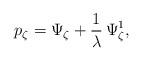
LaTeX: \begin{align*}p_\zeta=\Psi_\zeta+\frac{1}{\lambda}\,\Psi_\zeta^1,\end{align*}